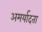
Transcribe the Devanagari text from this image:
अमर्यादता